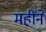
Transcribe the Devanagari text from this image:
महींने